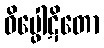
ဝိပ္ဖေါဋိတော